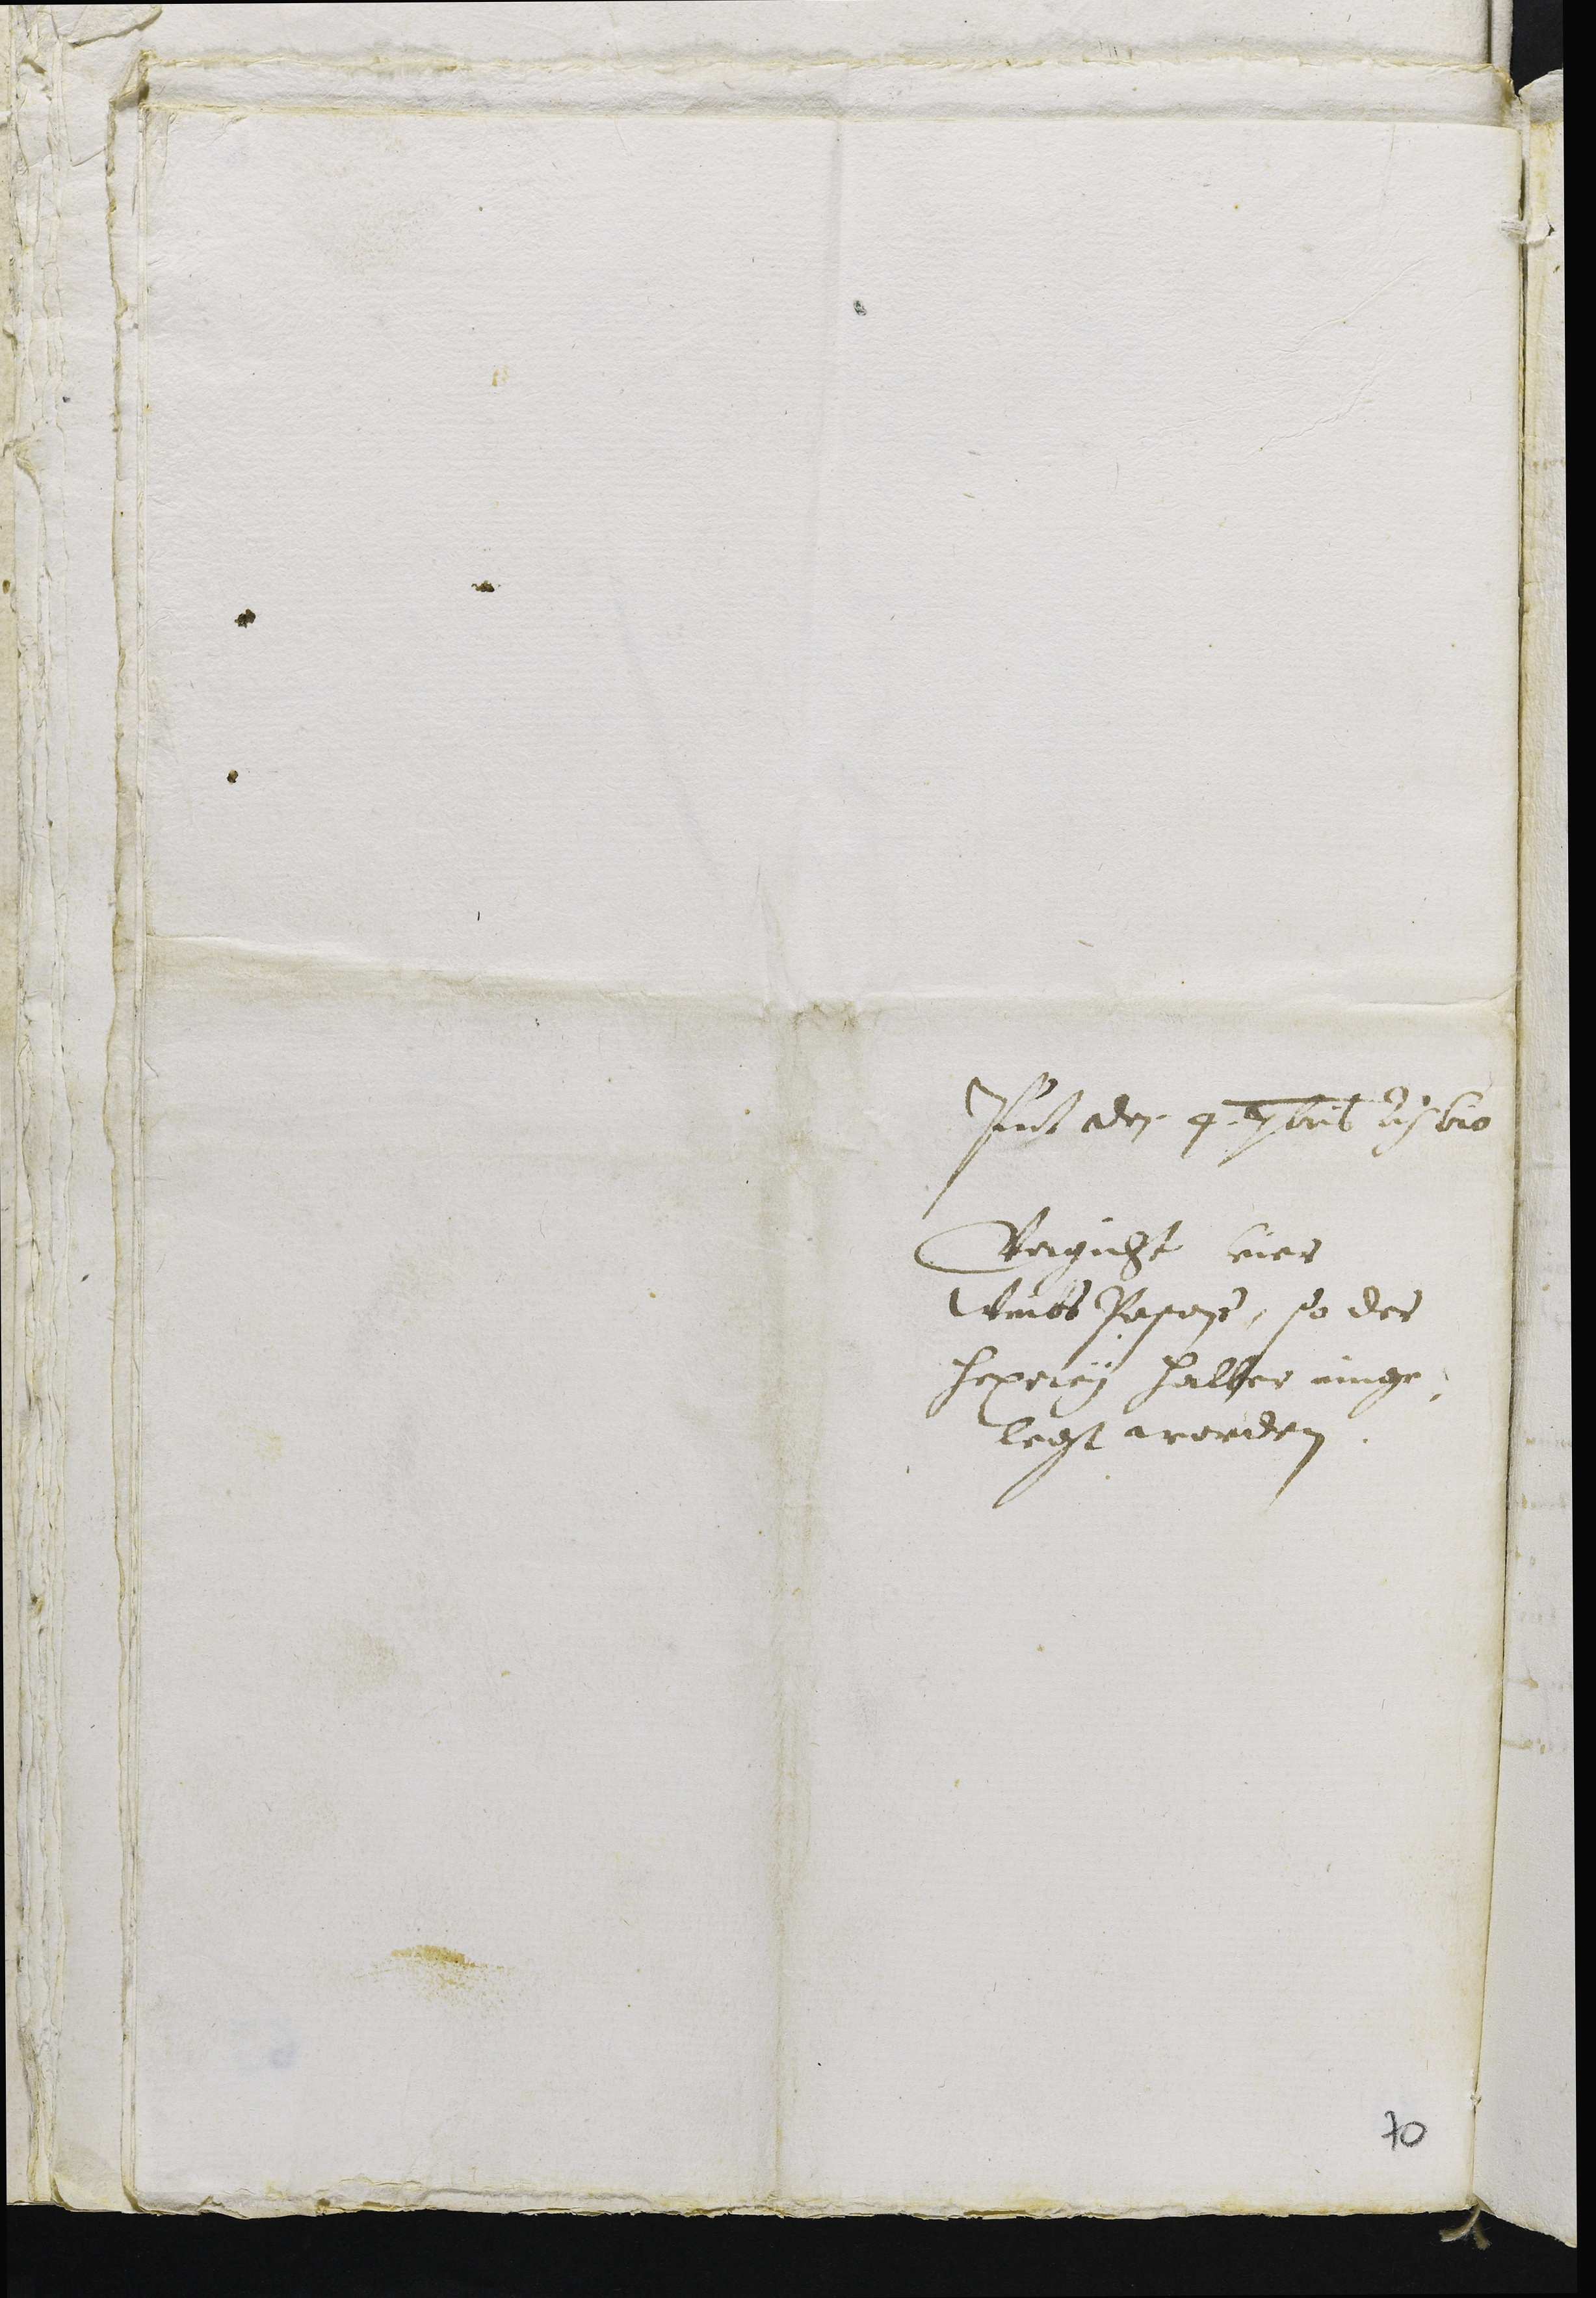
Presentatum den 4 7bris ao 610
Vrgicht vier
Weibs Personen so der
hexerei halber einge¬
legt worden
70